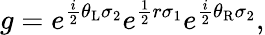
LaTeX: g=e^{\frac{i}{2}\theta_{\mathrm{L}}\sigma_{2}}e^{\frac{1}{2}r\sigma_{1}}e^{\frac{i}{2}\theta_{\mathrm{R}}\sigma_{2}},